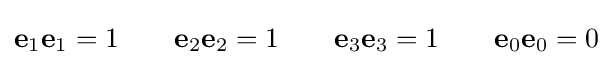
\mathbf {e} _{1}\mathbf {e} _{1}=1\qquad \mathbf {e} _{2}\mathbf {e} _{2}=1\qquad \mathbf {e} _{3}\mathbf {e} _{3}=1\qquad \mathbf {e} _{0}\mathbf {e} _{0}=0